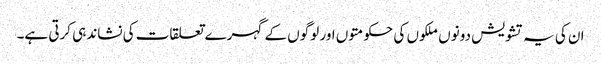
ان کی یہ تشویش دونوں ملکوں کی حکومتوں اور لوگوں کے گہرے تعلقات کی نشاندہی کرتی ہے۔